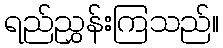
ရည်ညွှန်းကြသည်။